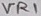
Text: VR1